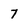
Character: 7